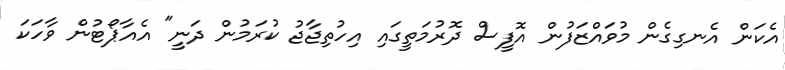
އެކަން އެނގިގެން މުވައްޒަފުން އޮފީސް ދޮރުމަތީގައި އިހުތިޖާޖު ކުރަމުން ދަނީ" އެއާޕޯޓުން ވާހަކަ